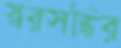
স্বরসন্ধির